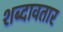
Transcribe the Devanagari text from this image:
शब्दावतार